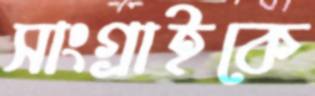
সাংগ্রাইকে